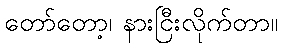
တော်တော့၊ နားငြီးလိုက်တာ။